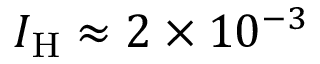
I _ { \mathrm { H } } \approx 2 \times 1 0 ^ { - 3 }